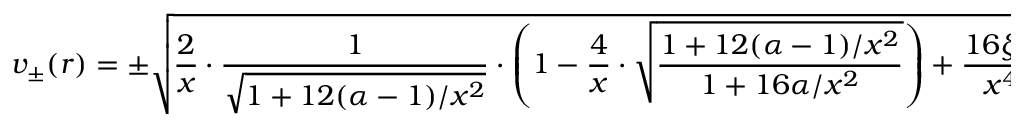
v _ { \pm } ( r ) = \pm \sqrt { \frac { 2 } { x } \cdot \frac { 1 } { \sqrt { 1 + 1 2 ( \alpha - 1 ) / x ^ { 2 } } } \cdot \left( 1 - \frac { 4 } { x } \cdot \sqrt { \frac { 1 + 1 2 ( \alpha - 1 ) / x ^ { 2 } } { 1 + 1 6 \alpha / x ^ { 2 } } } \right) + \frac { 1 6 \xi ^ { 2 } } { x ^ { 4 } } } \, - \, \frac { 4 \xi } { x ^ { 2 } } ,